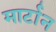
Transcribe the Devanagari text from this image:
मार्टान